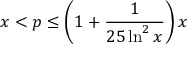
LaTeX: x < p \leq \left( 1 + { \frac { 1 } { 2 5 \ln ^ { 2 } { x } } } \right) x